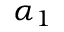
\alpha _ { 1 }